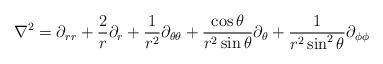
LaTeX: \begin{align*}\nabla^{2}=\partial_{rr}+\frac{2}{r}\partial_{r}+\frac{1}{r^{2}}\partial_{\theta\theta}+\frac{\cos\theta}{r^{2}\sin\theta}\partial_{\theta}+\frac{1}{r^{2}\sin^{2}\theta}\partial_{\phi\phi}\end{align*}